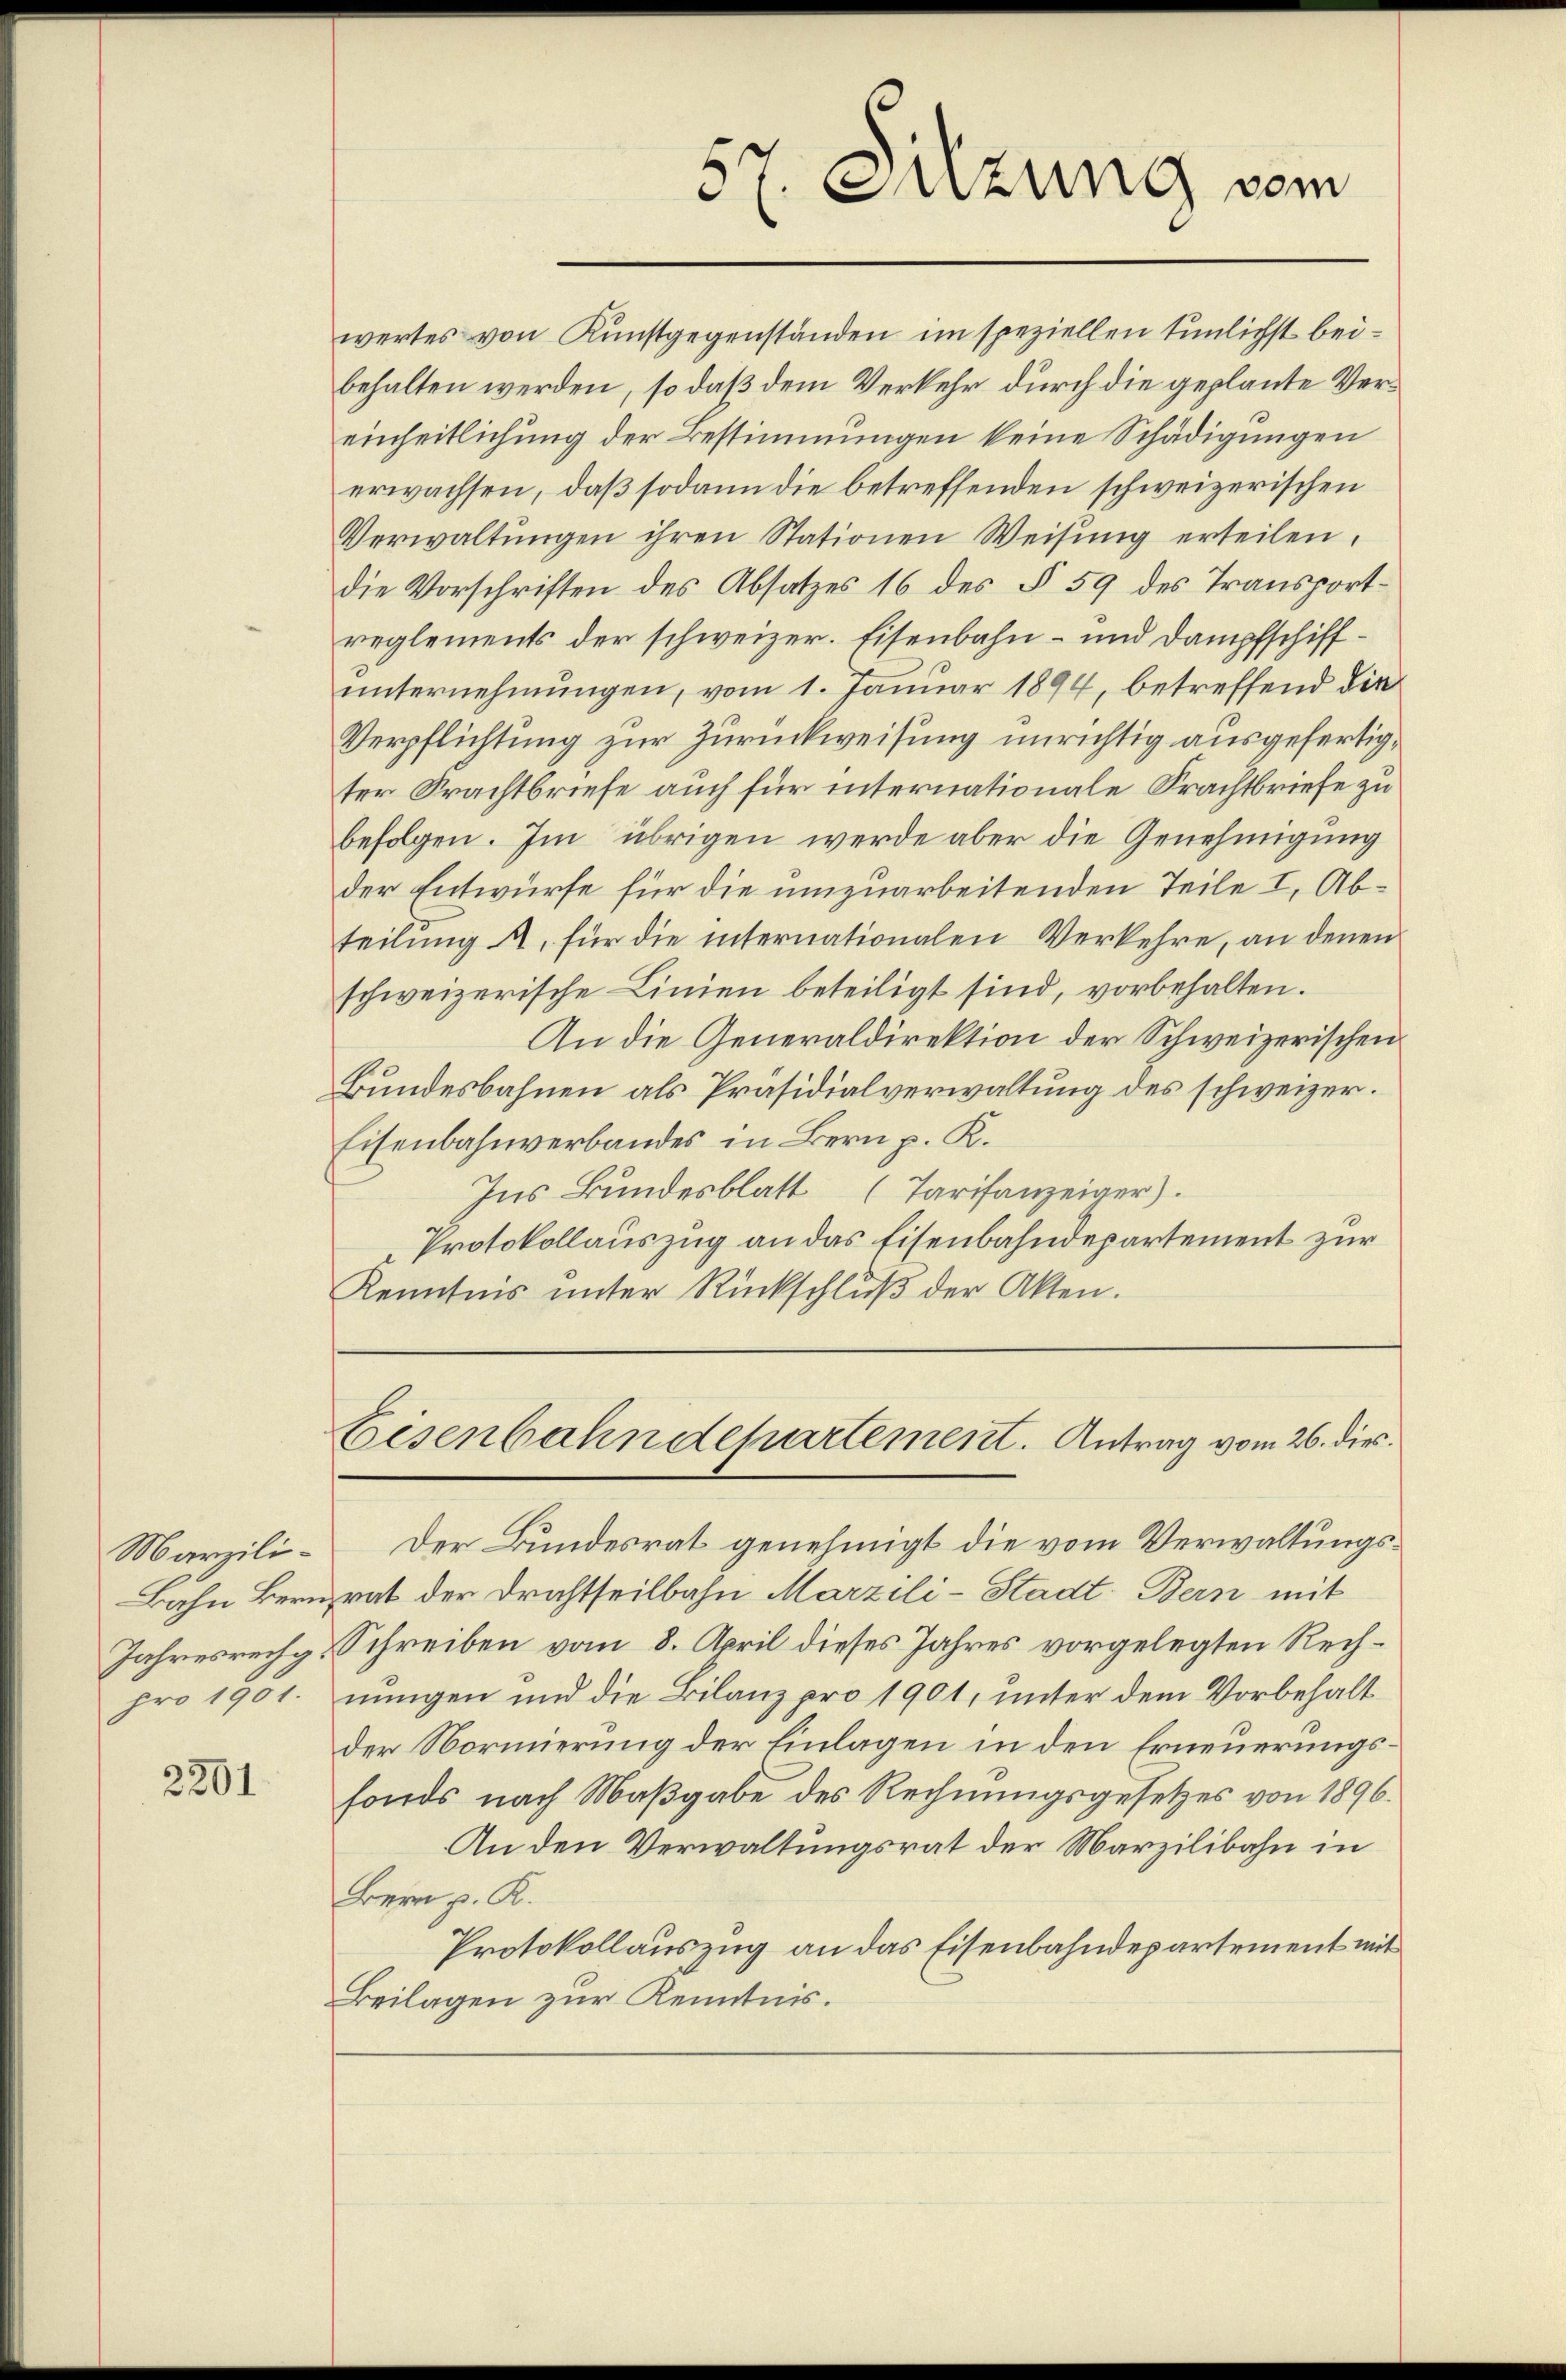
Marzili¬
Bahn Bern
Jahresrechg.
pro 1901.

2201

wertes von Kunstgegenständen im speziellen tunlichst beibehalten werden, so daß dem Verkehr durch die geplante Vereinheitlichung der Bestimmungen keine Schädigungen
erwachsen, daß sodann die betreffenden schweizerischen
Verwaltŭngen ihren Stationen Weisŭng erteilen.
die Vorschriften des Absatzes 16 des § 59 des Transportreglements der schweizer. Eisenbahn- und Dampfschiffunternehmungen, vom 1. Januar 1894, betreffend die
Verpflichtung zur Zurückweisung unrichtig ausgefertigter Trachtbriefe auch für internationale Frachtbriefe zu
befolgen. Im übrigen werde aber die Genehmigung
der Entwurfe für die umzuarbeitenden Teile I, Abteilŭng a. für die internationalen Verkehre, an denen
schweizerische Linien beteiligt sind, vorbehalten.
An die Generaldirektion der Schweizerischen
Bundesbahnen als Präsidialverwaltung des schweizer.
Eisenbahnverbandes in Bern p. K.
Ins Bundesblatt (Tarifanzeiger).
Protokollauszug an das Eisenbahndepartement zur
Kenntnis unter Rückschlŭβ der Akten.

57. Szung vom

Eisenbahndepartement. Antrag vom 26. dies

Der Bundesrat genehmigt die vom Verwaltungsrat der Drahtheilbahn Marzili-Stadt Bern mit
Schreiben vom 8. April dieses Jahres vorgelegten Rechnungen und die Bilanz pro 1901, unter dem Vorbehalt
der Normierung der Einlagen in den Erneuerungsfonds nach Maßgabe des Rechnungsgesetzes von 1896.
An den Verwaltungsrat der Marzilibahn in
Bern p. K.
Protokollauszug an das Eisenbahndepartement mit
Beilagen zur Kenntnis.